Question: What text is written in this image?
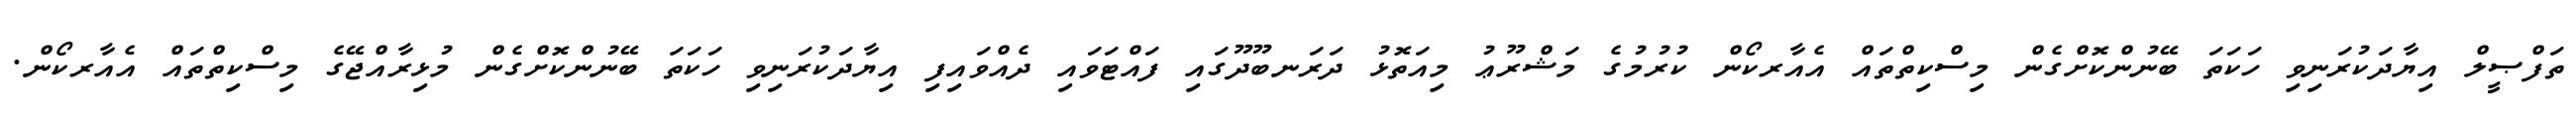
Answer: ތަފްޞީލް އިޔާދަކުރަނިވި ހަކަތަ ބޭނުންކޮށްގެން މިސްކިތްތައް އެއާރކޯން ކުރުމުގެ މަޝްރޫޢު މިއަތޮޅު ދަރަނބޫދޫގައި ފައްޓަވައި ދެއްވައިފި އިޔާދަކުރަނިވި ހަކަތަ ބޭނުންކޮށްގެން މުޅިރާއްޖޭގެ މިސްކިތްތައް އެއާރކޯން.